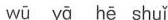
wū yā hē shuǐ